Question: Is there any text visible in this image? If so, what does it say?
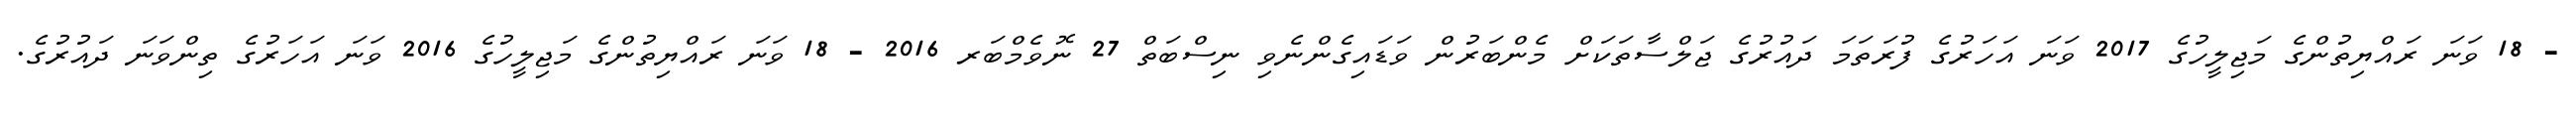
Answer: - 18 ވަނަ ރައްޔިތުންގެ މަޖިލީހުގެ 2017 ވަނަ އަހަރުގެ ފުރަތަމަ ދައުރުގެ ޖަލްސާތަކަށް މެންބަރުން ވަޑައިގެންނެވި ނިސްބަތް 27 ނޮވެމްބަރ 2016 - 18 ވަނަ ރައްޔިތުންގެ މަޖިލީހުގެ 2016 ވަނަ އަހަރުގެ ތިންވަނަ ދައުރުގެ.